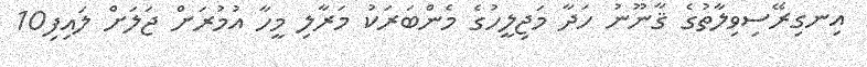
އިނގިރޭސިވިލާތުގެ ޤާނޫނު ހަދާ މަޖިލީހުގެ މެންބަރަކު މަރާލި މީހާ އުމުރަށް ޖަލަށް ލައިފި10